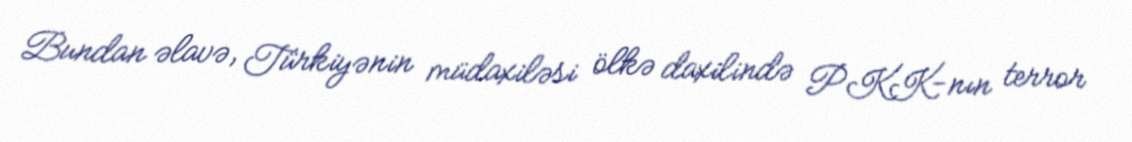
Bundan əlavə, Türkiyənin müdaxiləsi ölkə daxilində PKK-nın terror